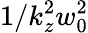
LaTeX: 1/k_{z}^{2}w_{0}^{2}